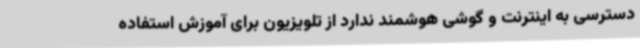
دسترسی به اینترنت و گوشی هوشمند ندارد از تلویزیون برای آموزش استفاده